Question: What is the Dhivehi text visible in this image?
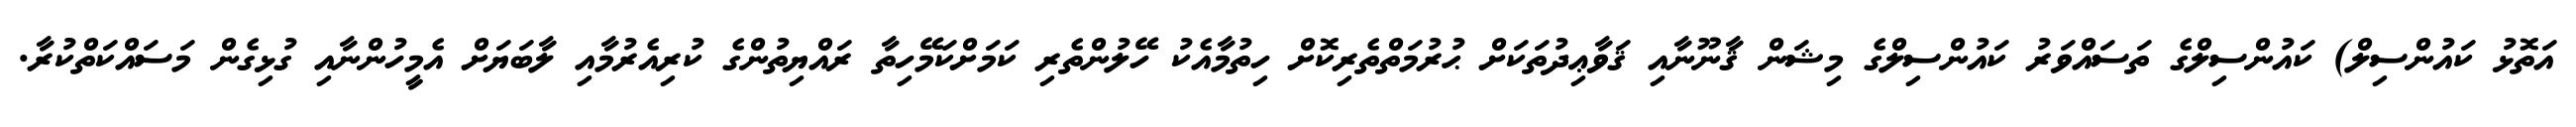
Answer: އަތޮޅު ކައުންސިލް) ކައުންސިލްގެ ތަސައްވަރު ކައުންސިލްގެ މިޝަން ޤާނޫނާއި ޤަވާޢިދުތަކަށް ޙުރުމަތްތެރިކޮށް ހިތުމާއެކު ހޭލުންތެރި ކަމަށްކަމޭހިތާ ރައްޔިތުންގެ ކުރިއެރުމާއި ލާބަޔަށް އެމީހުންނާއި ގުޅިގެން މަސައްކަތްކުރާ.